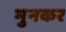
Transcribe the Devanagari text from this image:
भुनकर